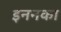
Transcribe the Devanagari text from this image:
इननका